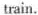
train.